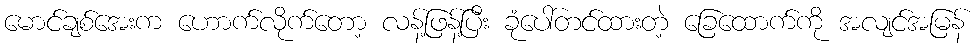
မောင်ချစ်အေးက ဟောက်လိုက်တော့ လန့်ဖြန့်ပြီး ခုံပေါ်တင်ထားတဲ့ ခြေထောက်ကို အလျင်အမြန်